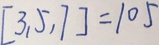
[ 3 , 5 , 7 ] = 1 0 5